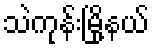
သဲကုန်းမြို့နယ်